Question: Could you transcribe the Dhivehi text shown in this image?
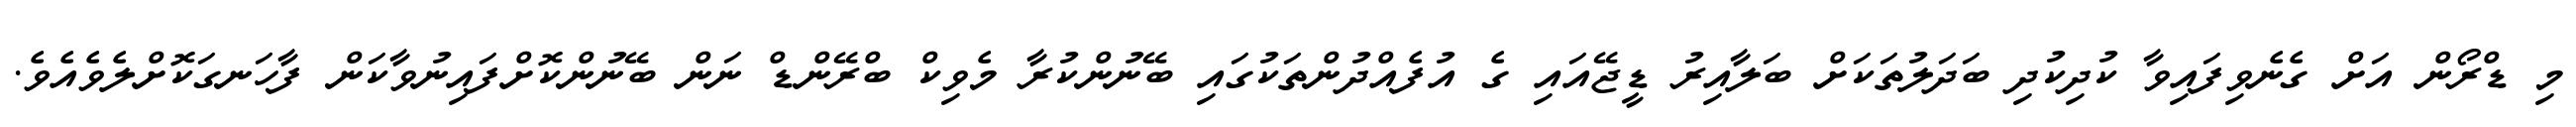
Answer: މި ޑްރޯން އަށް ގެނެވިފައިވާ ކުދިކުދި ބަދަލުތަކަށް ބަލާއިރު ޑީޖޭއައި ގެ އުފެއްދުންތަކުގައި ބޭނުންކުރާ މެވިކް ބްރޭންޑް ނަން ބޭނުންކޮށްފައިނުވާކަން ފާހަނގަކޮށްލެވެއެވެ.